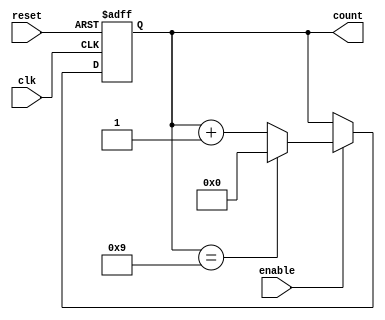
module modulus_counter #(
    parameter N = 10  // Modulus value (N)
)(
    input wire clk,    // Clock input
    input wire reset,  // Asynchronous reset input
    input wire enable, // Enable input
    output reg [$clog2(N)-1:0] count // Count output
);

// Asynchronous reset and counting logic
always @(posedge clk or posedge reset) begin
    if (reset) begin
        count <= 0; // Reset the count to 0
    end else if (enable) begin
        if (count == N-1) begin
            count <= 0; // Reset to 0 after reaching N-1
        end else begin
            count <= count + 1; // Increment the count
        end
    end
end

endmodule